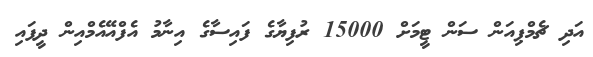
އަދި ޗެމްޕިއަން ސަން ޓީމަށް 15000 ރުފިޔާގެ ފައިސާގެ އިނާމު އެފްއޭއެމްއިން ދީފައި